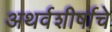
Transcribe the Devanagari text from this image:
अथर्वशीर्षाचे